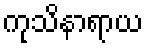
ကုသိနာရာယ